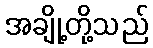
အချို့တို့သည်